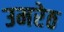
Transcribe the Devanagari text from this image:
उमरेठ